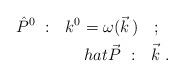
LaTeX: \begin{align*}\hat{P}^0\ :\ \ k^0=\omega(\vec{k}\,)\ \ \ ;\ \ \\hat{\vec{P}}\ :\ \ \vec{k}\ .\end{align*}